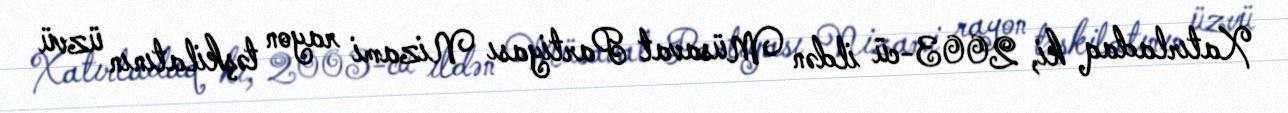
Xatırladaq ki, 2003-cü ildən Müsavat Partiyası Nizami rayon təşkilatının üzvü